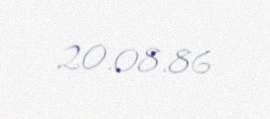
20.08.86